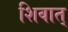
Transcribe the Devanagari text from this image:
शिवात्